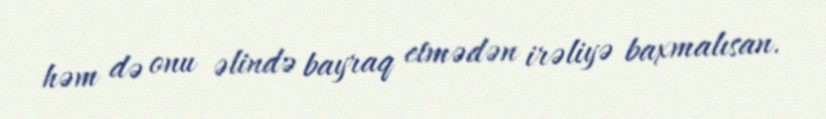
həm də onu əlində bayraq etmədən irəliyə baxmalısan.